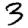
Digit: 3